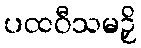
ပထဝီသမဉှိ